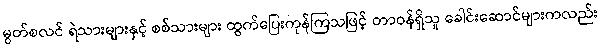
မွတ်စလင် ရဲသားများနှင့် စစ်သားများ ထွက်ပြေးကုန်ကြသဖြင့် တာဝန်ရှိသူ ခေါင်းဆောင်များကလည်း